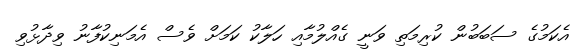
އެކަމުގެ ސަބަބުން ކުރިމަތި ވަނީ ގެއްލުމާއި ހަލާކު ކަމަށް ވެސް އެމަނިކުފާނު ވިދާޅުވި